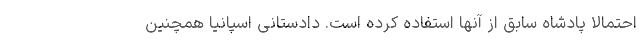
احتمالا پادشاه سابق از آنها استفاده کرده است. دادستانی اسپانیا همچنین